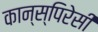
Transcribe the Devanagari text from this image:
कान्स्पिरेसी